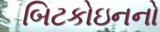
બિટકોઇનનો